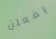
يفعلن